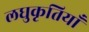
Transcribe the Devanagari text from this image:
लघुकृतियाँ